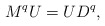
\begin{align*}M^q U = U D^q,\end{align*}